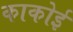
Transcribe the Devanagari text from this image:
काकोई